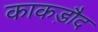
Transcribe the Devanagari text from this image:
काकड़ौद